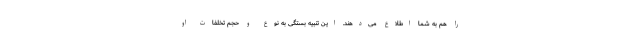
را هم به شما اطلاع می‌دهند. این تنبیه بستگی به نوع و حجم تخلفات او